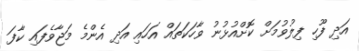
އަދި ފޫހި ފިލުވުމަށް ކޮށްއުޅުނު ވާހަކަތައް އަހައި އަދި އެންމެ މަޖާވެފައި ކާފަ